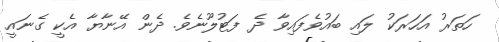
ހަތަރު އަހަރަކު ލައި ބައުވެފައިވާ ދެ ފަޓުލޫނެވެ. ދެން އޭނާޔާ އެކީ ގެނައީ